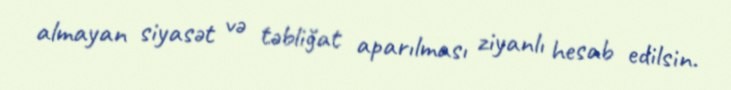
almayan siyasət və təbliğat aparılması ziyanlı hesab edilsin.